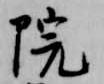
院